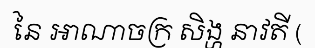
នៃ អាណាចក្រ សិង្ហ នាវតី (